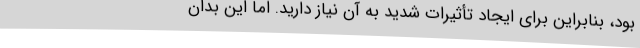
بود، بنابراین برای ایجاد تأثیرات شدید به آن نیاز دارید. اما این بدان